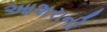
આશરાની